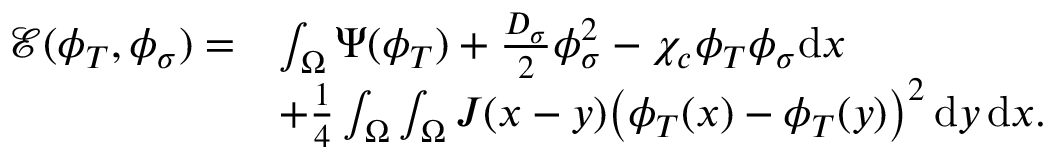
\begin{array} { r l } { \mathcal { E } ( \phi _ { T } , \phi _ { \sigma } ) = } & { \int _ { \Omega } \Psi ( \phi _ { T } ) + \frac { D _ { \sigma } } { 2 } \phi _ { \sigma } ^ { 2 } - \chi _ { c } \phi _ { T } \phi _ { \sigma } \mathrm { d } x } \\ & { + \frac 1 4 \int _ { \Omega } \int _ { \Omega } J ( x - y ) \big ( \phi _ { T } ( x ) - \phi _ { T } ( y ) \big ) ^ { 2 } \, \mathrm { d } y \, \mathrm { d } x . } \end{array}